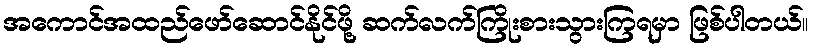
အကောင်အထည်ဖော်ဆောင်နိုင်ဖို့ ဆက်လက်ကြိုးစားသွားကြရမှာ ဖြစ်ပါတယ်။